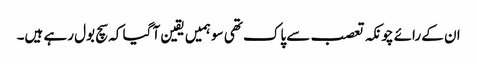
ان کے رائے چونکہ تعصب سے پاک تھی سو ہمیں یقین آ گیا کہ سچ بول رہے ہیں۔